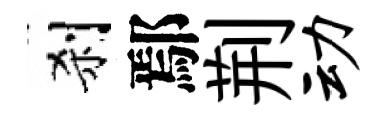
刹鄢荆动